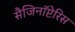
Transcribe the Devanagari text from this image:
सैजिनॉप्टेरिस